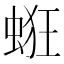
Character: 𧋵